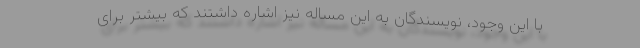
با این وجود، نویسندگان به این مساله نیز اشاره داشتند که بیشتر برای